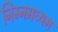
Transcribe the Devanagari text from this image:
निम्नमध्यम